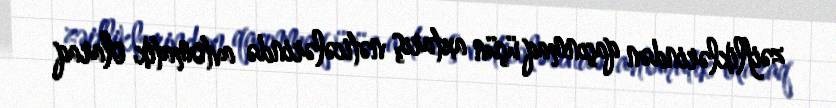
zəifliklərindən qaçınmaq üçün axtarış nəticələrində avtomatik olaraq